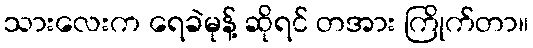
သားလေးက ရေခဲမုန့် ဆိုရင် တအား ကြိုက်တာ။